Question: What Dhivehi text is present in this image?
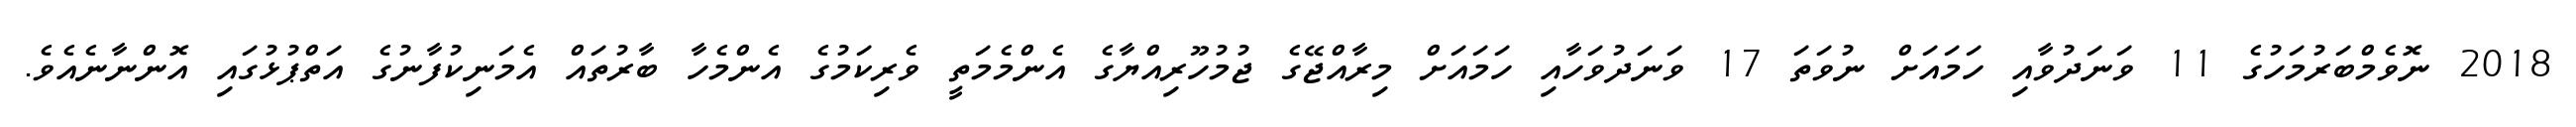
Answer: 2018 ނޮވެމްބަރުމަހުގެ 11 ވަނަދުވާއި ހަމައަށް ނުވަތަ 17 ވަނަދުވަހާއި ހަމައަށް މިރާއްޖޭގެ ޖުމުހޫރިއްޔާގެ އެންމެމަތީ ވެރިކަމުގެ އެންމެހާ ބާރުތައް އެމަނިކުފާނުގެ އަތްޕުޅުގައި އޮންނާނެއެވެ.